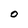
Character: O